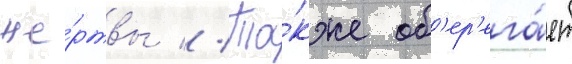
же́ртвы // Та́кже об'ер'ега́ет